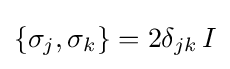
\{\sigma _{j},\sigma _{k}\}=2\delta _{jk}\,I